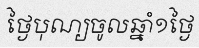
ថ្ងៃបុណ្យចូលឆ្នាំ១ថ្ងៃ